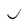
Character: J